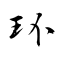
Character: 环